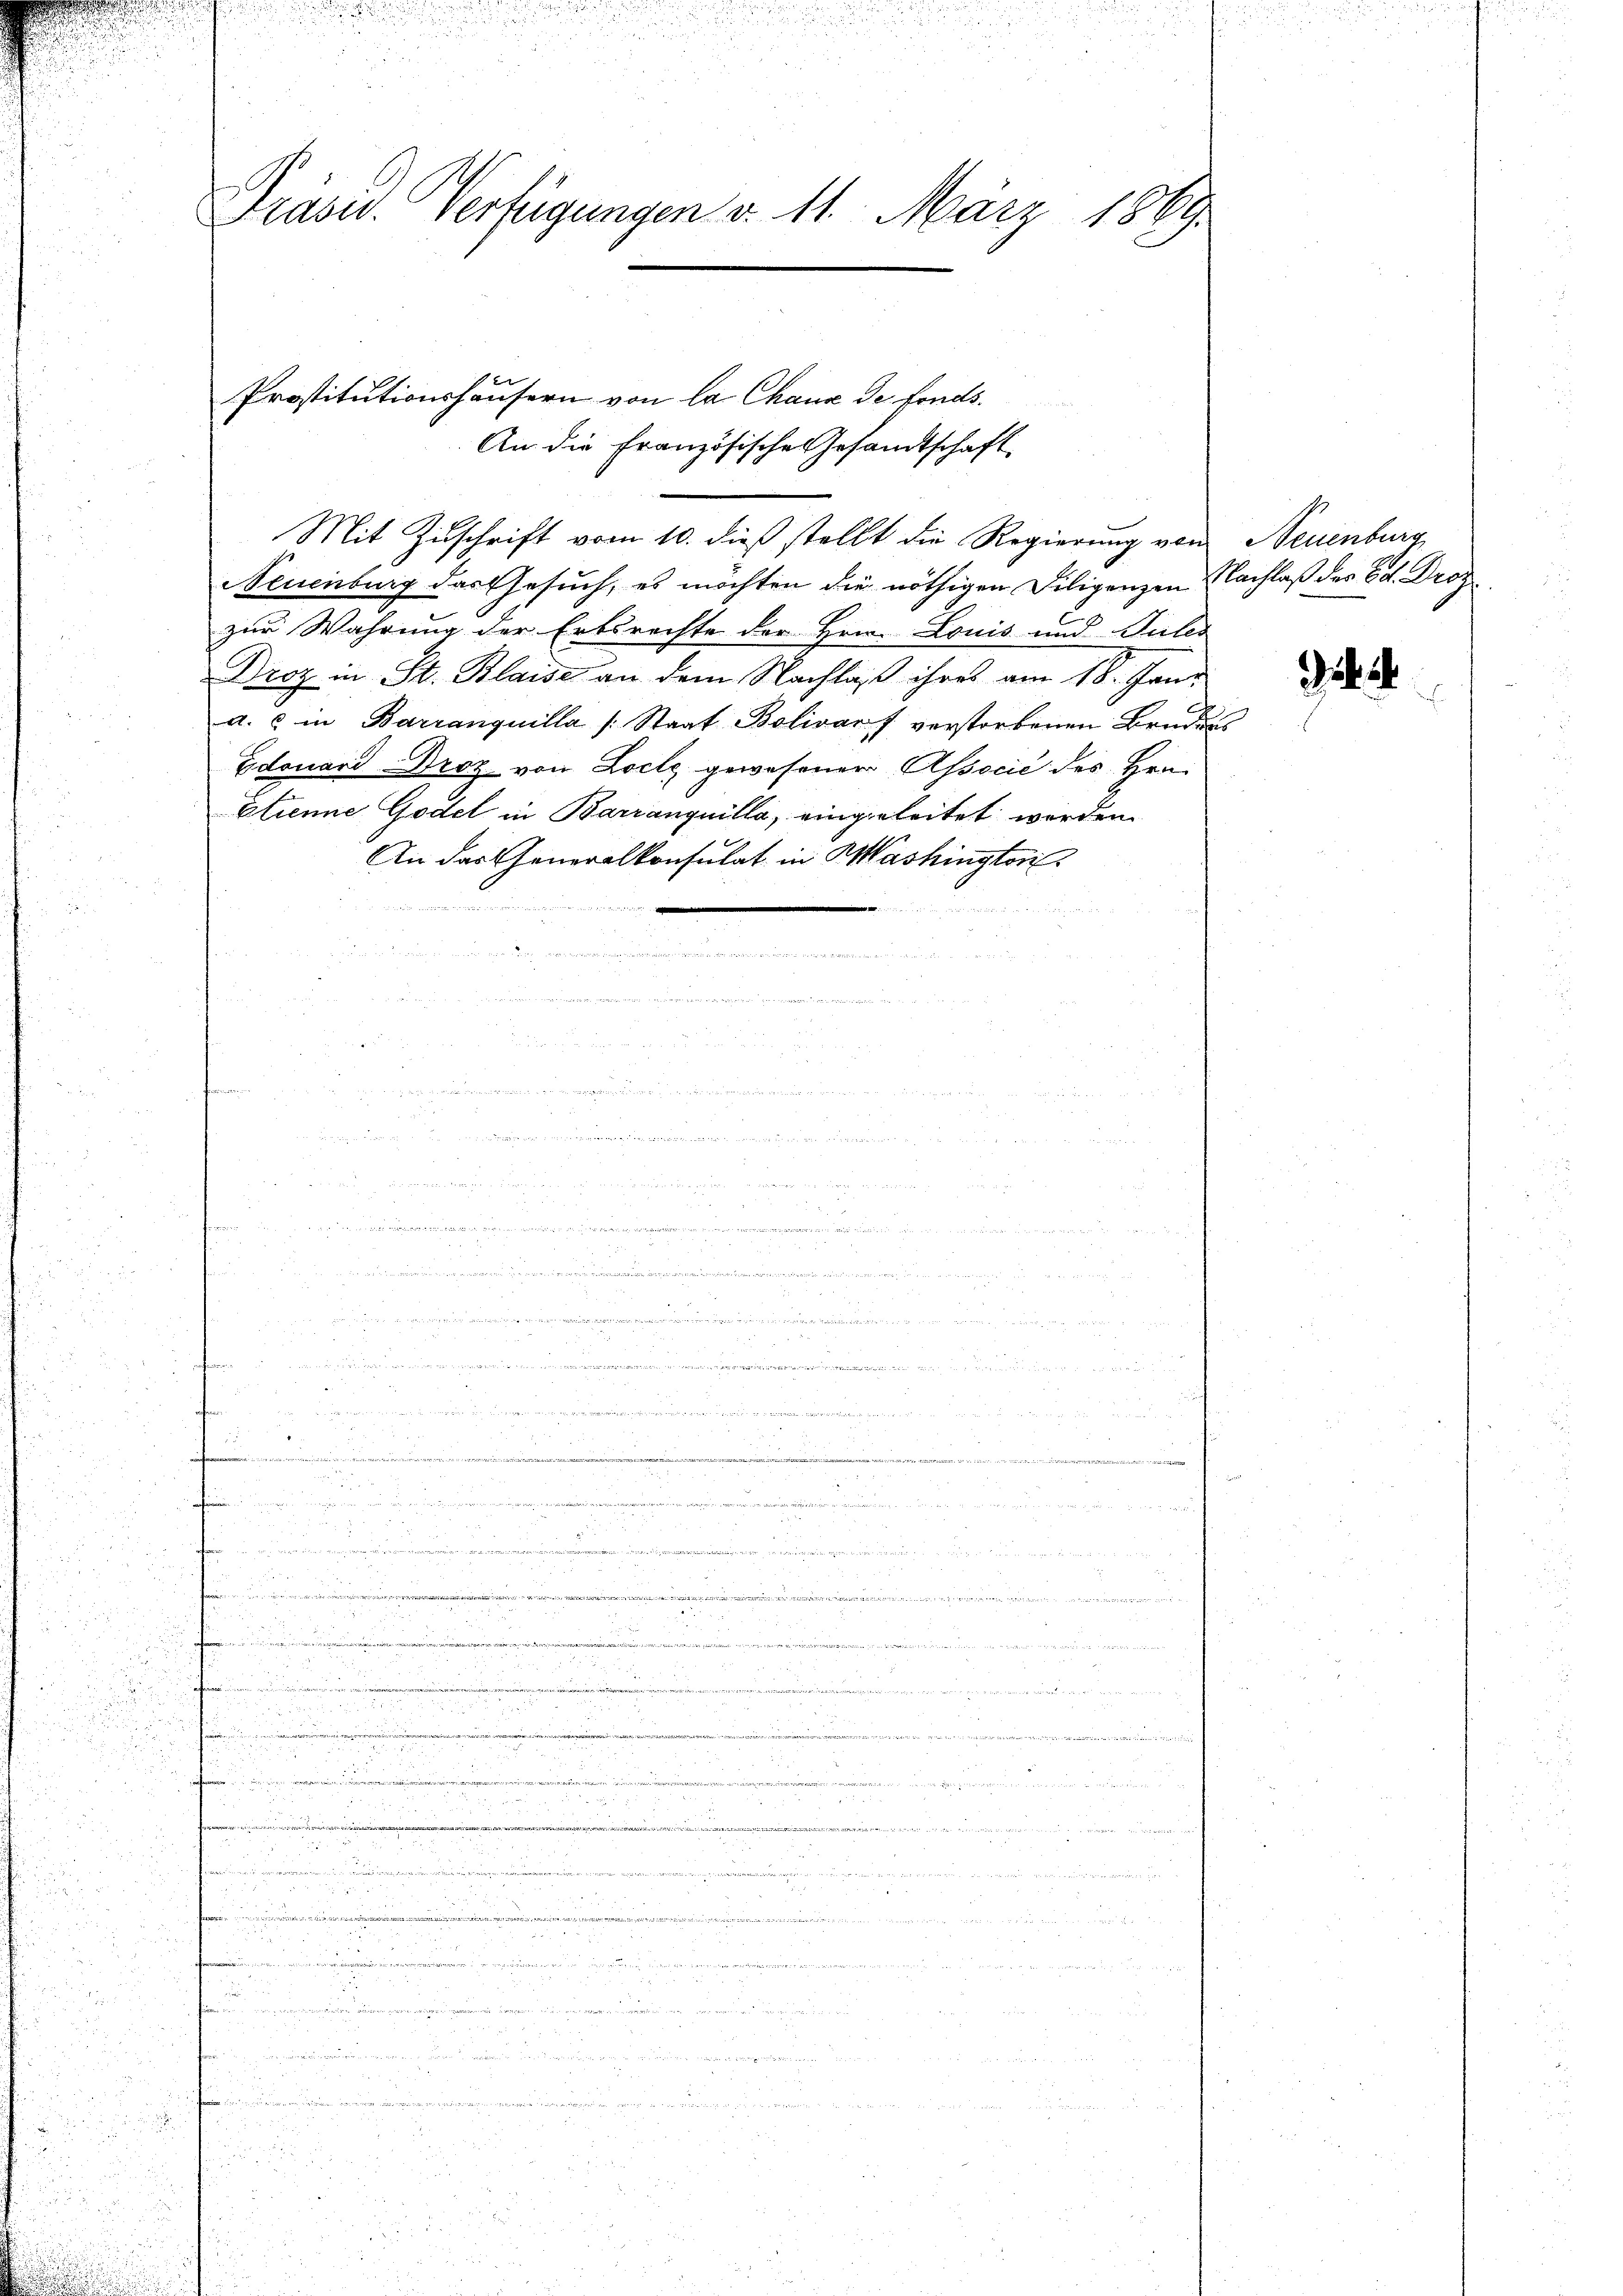
Präsid. Verfügungen d. 11. März 1869

An die französische Gesandtschaft
Mit Zuschrift vom 10. dieß stellt die Regierung von Neuenburg
Neuenburg das Gesuch, es möchten die nöthigen Diligenzen Nachlaß des Ed. Drozur Wahrung der Erbsrechte der Hrn. Louis und Gutes
Groz in St. Blaise an dem Nachlaß ihres am 18. Jani
d. . in Barranquilla /: Staat Bolivars verstorbenen Brudens
Edouard Droz von Doch gewesenen Associe des Hrn.
Etienne Godel in Barranquilla, eingeleitet werden
An das Generalkonsulat in Washington

2 8

g

weben e
e
e

Prostitutionshäusern von la Chaux de fonds.

8
¬
.

.

8

2 x xx
2
B
 ..........

f 5 x
17
2 x
2

.
   und de

.

 2 f 0 x
3
.
22
.

n

.
Baare

.
5

e
u der Sch
 x xxx
n
wanten die
.
d
5
§ 25.
.
i
.

2
2

i

e
d

57
ieer
u
Meer mi
5

5
a
 2 x
 x
d

 5 x
r
e
  in den mit ein eingen kam man
 25
d.

n
.
Fr
.

5

2